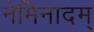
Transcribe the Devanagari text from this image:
नेमिनादम्